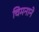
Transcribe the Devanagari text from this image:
चिमनाने